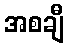
အစချီ